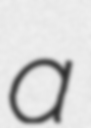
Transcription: a